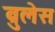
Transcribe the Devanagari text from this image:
ब्रुलेस